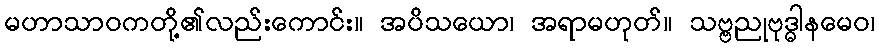
မဟာသာဝကတို့၏လည်းကောင်း။ အပိသယော၊ အရာမဟုတ်။ သဗ္ဗညုဗုဒ္ဓါနမေဝ၊